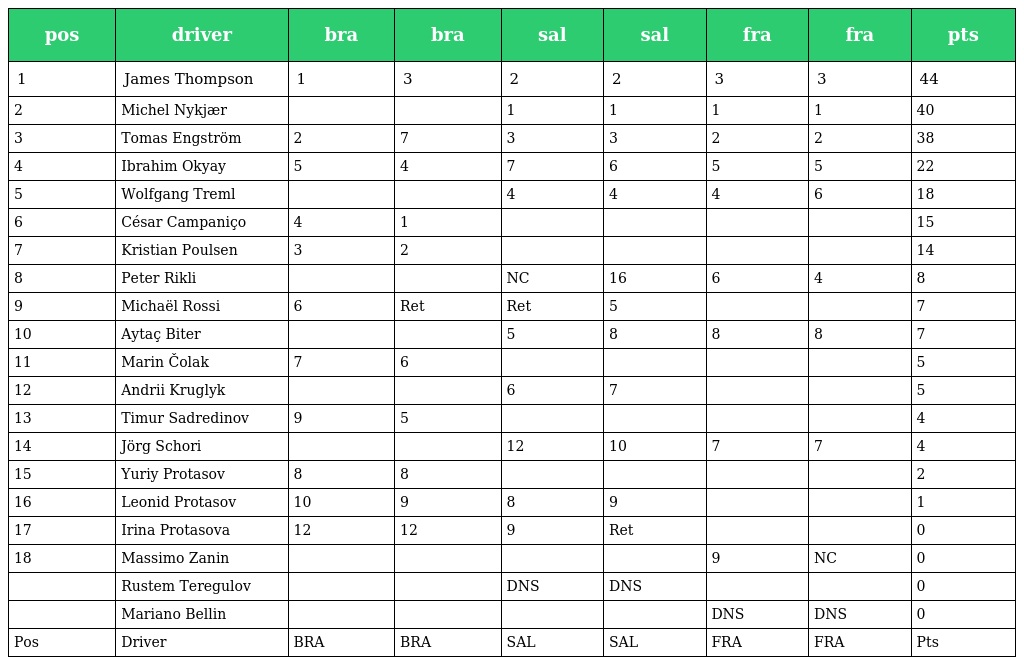
| pos | driver | bra | bra | sal | sal | fra | fra | pts |
 | --- | --- | --- | --- | --- | --- | --- | --- | --- |
 | 1 | James Thompson | 1 | 3 | 2 | 2 | 3 | 3 | 44 |
 | 2 | Michel Nykjær |  |  | 1 | 1 | 1 | 1 | 40 |
 | 3 | Tomas Engström | 2 | 7 | 3 | 3 | 2 | 2 | 38 |
 | 4 | Ibrahim Okyay | 5 | 4 | 7 | 6 | 5 | 5 | 22 |
 | 5 | Wolfgang Treml |  |  | 4 | 4 | 4 | 6 | 18 |
 | 6 | César Campaniço | 4 | 1 |  |  |  |  | 15 |
 | 7 | Kristian Poulsen | 3 | 2 |  |  |  |  | 14 |
 | 8 | Peter Rikli |  |  | NC | 16 | 6 | 4 | 8 |
 | 9 | Michaël Rossi | 6 | Ret | Ret | 5 |  |  | 7 |
 | 10 | Aytaç Biter |  |  | 5 | 8 | 8 | 8 | 7 |
 | 11 | Marin Čolak | 7 | 6 |  |  |  |  | 5 |
 | 12 | Andrii Kruglyk |  |  | 6 | 7 |  |  | 5 |
 | 13 | Timur Sadredinov | 9 | 5 |  |  |  |  | 4 |
 | 14 | Jörg Schori |  |  | 12 | 10 | 7 | 7 | 4 |
 | 15 | Yuriy Protasov | 8 | 8 |  |  |  |  | 2 |
 | 16 | Leonid Protasov | 10 | 9 | 8 | 9 |  |  | 1 |
 | 17 | Irina Protasova | 12 | 12 | 9 | Ret |  |  | 0 |
 | 18 | Massimo Zanin |  |  |  |  | 9 | NC | 0 |
 |  | Rustem Teregulov |  |  | DNS | DNS |  |  | 0 |
 |  | Mariano Bellin |  |  |  |  | DNS | DNS | 0 |
 | Pos | Driver | BRA | BRA | SAL | SAL | FRA | FRA | Pts |